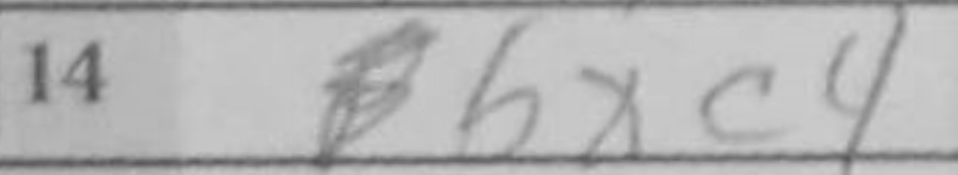
Transcription: bxc4